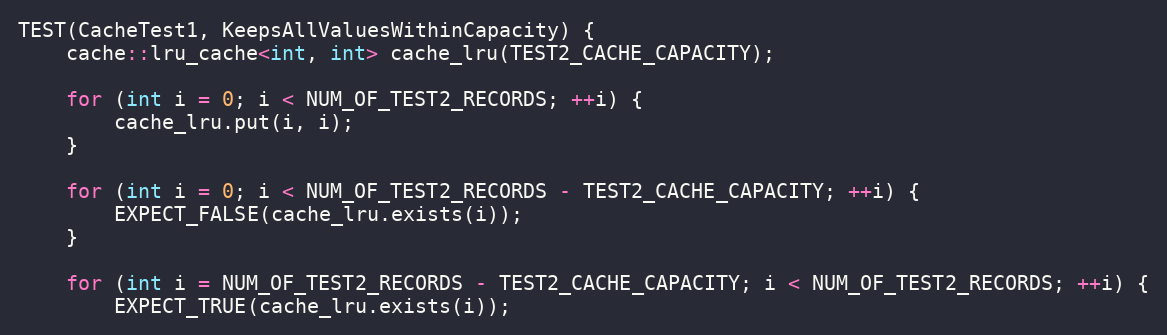
Language: C++
TEST(CacheTest1, KeepsAllValuesWithinCapacity) {
    cache::lru_cache<int, int> cache_lru(TEST2_CACHE_CAPACITY);

    for (int i = 0; i < NUM_OF_TEST2_RECORDS; ++i) {
        cache_lru.put(i, i);
    }

    for (int i = 0; i < NUM_OF_TEST2_RECORDS - TEST2_CACHE_CAPACITY; ++i) {
        EXPECT_FALSE(cache_lru.exists(i));
    }

    for (int i = NUM_OF_TEST2_RECORDS - TEST2_CACHE_CAPACITY; i < NUM_OF_TEST2_RECORDS; ++i) {
        EXPECT_TRUE(cache_lru.exists(i));